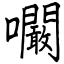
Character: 㘚